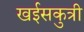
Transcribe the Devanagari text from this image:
खईसकुत्री